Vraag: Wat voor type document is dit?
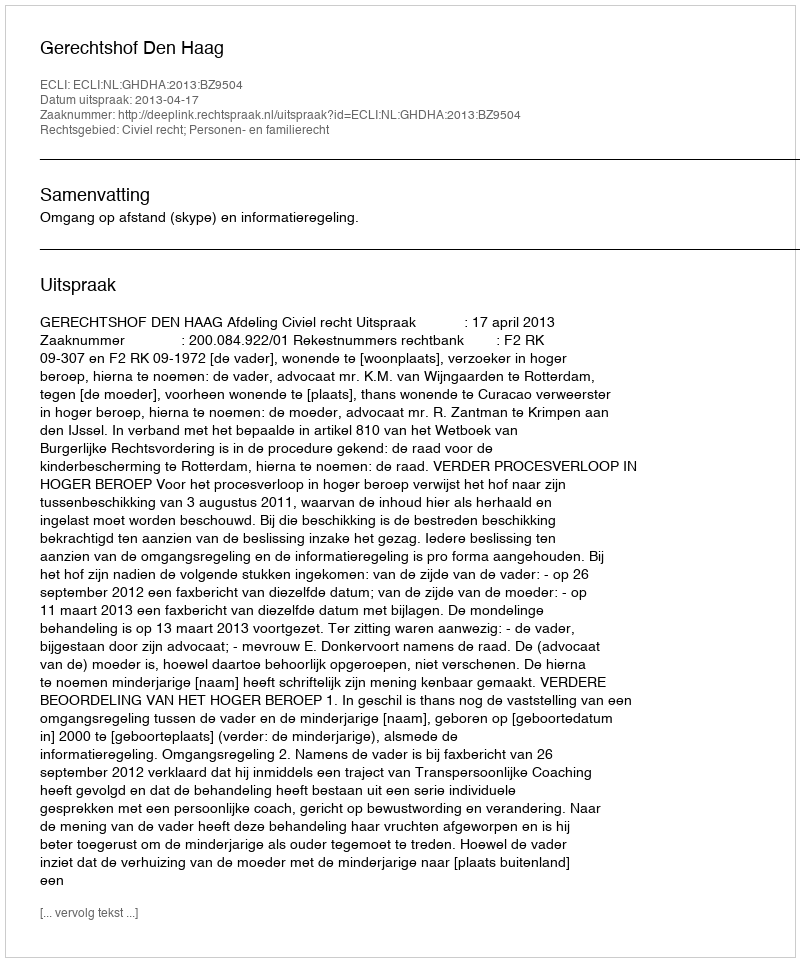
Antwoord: Uitspraak